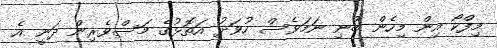
މިފްކޯ އިން މިހެން ބުނި ނަމަވެސް ހުވަދު އަތޮޅުގެ މަސްވެރިން ދަނީ އެ